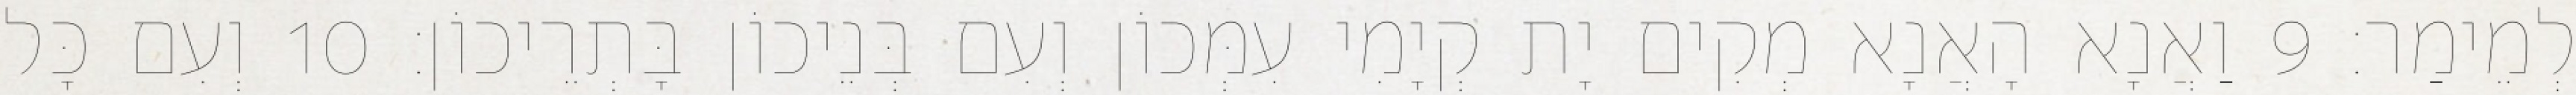
לְמֵימַר׃ 9 וַאֲנָא הָאֲנָא מְקִים יָת קְיָמִי עִמְּכוֹן וְעִם בְּנֵיכוֹן בָּתְרֵיכוֹן׃ 10 וְעִם כָּל